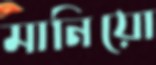
মানিয়ো